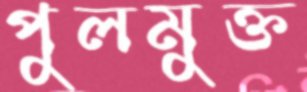
পুলমুক্ত